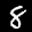
Label: 8